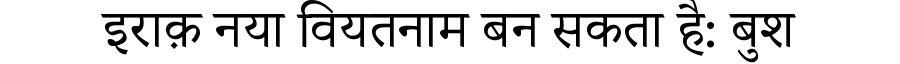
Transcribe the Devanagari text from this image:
इराक़ नया वियतनाम बन सकता है: बुश